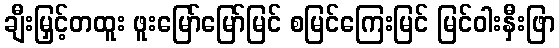
ချီးမြှင့်တထူး ဖူးမြော်မြော်မြင် စမြင်ကြေးမြင် မြင်ဝါးနှီးဖြာ